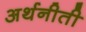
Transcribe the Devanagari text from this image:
अर्थनीती